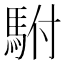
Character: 駙